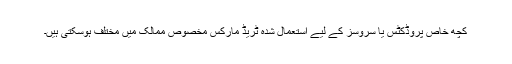
کچھ خاص پروڈکٹس یا سروسز کے لیے استعمال شدہ ٹریڈ مارکس مخصوص ممالک میں مختلف ہوسکتی ہیں۔